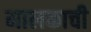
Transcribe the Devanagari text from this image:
मालकाची